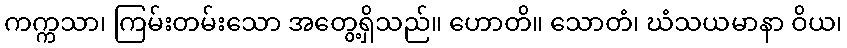
ကက္ကသာ၊ ကြမ်းတမ်းသော အတွေ့ရှိသည်။ ဟောတိ။ သောတံ၊ ဃံသယမာနာ ဝိယ၊